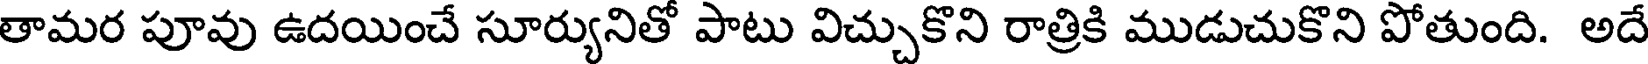
తామర పూవు ఉదయించే సూర్యునితో పాటు విచ్చుకొని రాత్రికి ముడుచుకొని పోతుంది. అదే